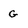
Character: G